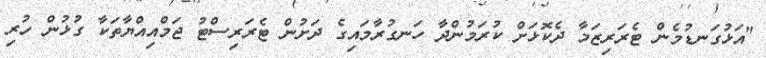
"އަޅުގަނޑުމެން ޓެރަރިޒަމާ ދެކޮޅަށް ކުރަމުންދާ ހަނގުރާމައިގެ ދަށުން ޓެރަރިސްޓު ޖަމްއިއްޔާތަކާ ގުޅުން ހުރި